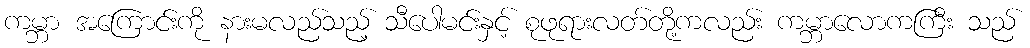
ကမ္ဘာ အကြောင်းကို နားမလည်သည့် သီပေါမင်းနှင့် စုဖုရားလတ်တို့ကလည်း ကမ္ဘာလောကကြီး သည်